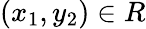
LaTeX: (x_{1},y_{2})\in R